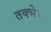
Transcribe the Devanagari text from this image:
तक्भेर